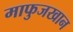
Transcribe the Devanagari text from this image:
माफुजखान